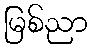
မြစ်ညာ